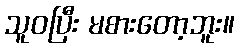
သူဝပြီး မစားတော့ဘူး။